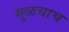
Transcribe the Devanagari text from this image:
मूळचाच